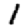
Digit: 1